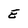
Character: E